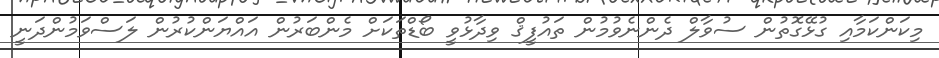
މިކަންކަމާއި ގުޅޭގޮތުން ސުވާލް ދެންނެވުމުން ތައުފީޤް ވިދާޅުވީ ބޯޑްތަކަށް މެންބަރުން އައްޔަންކުރުން ލަސްވަމުންދަނީ